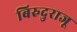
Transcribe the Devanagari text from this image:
बिरुदुराजू